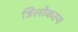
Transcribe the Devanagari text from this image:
त्रिलोकस्य